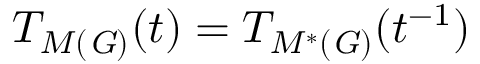
T _ { M ( \mathit { G ) } } ( t ) = T _ { M ^ { \ast } ( \mathit { G ) } } ( t ^ { - 1 } )